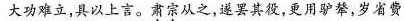
大功难立，具以上言。肃宗从之，遂罢其役，更用驴辇，岁省费